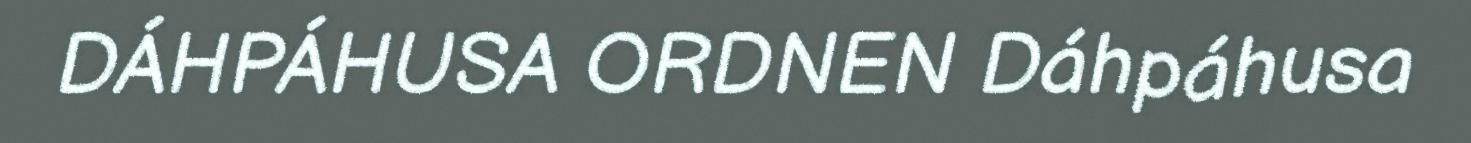
DÁHPÁHUSA ORDNEN Dáhpáhusa